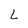
Character: L